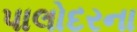
પાલોદરના